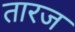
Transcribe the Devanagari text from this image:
तारज